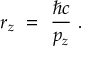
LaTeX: r _ { z } \ = \ \frac { \hbar c } { p _ { z } } \ .